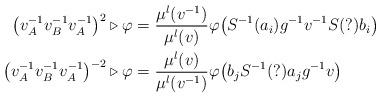
LaTeX: \begin{align*}\left( v_{A}^{-1} v_{B}^{-1} v_{A}^{-1} \right)^2 \triangleright \varphi &= \frac{\mu^l(v^{-1})}{\mu^l(v)} \varphi\!\left( S^{-1}(a_i) g^{-1}v^{-1} S(?) b_i \right)\\\left( v_{A}^{-1} v_{B}^{-1} v_{A}^{-1} \right)^{-2} \triangleright \varphi &= \frac{\mu^l(v)}{\mu^l(v^{-1})} \varphi\!\left( b_j S^{-1}(?) a_j g^{-1}v \right)\end{align*}